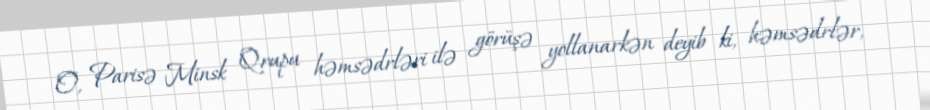
O, Parisə Minsk Qrupu həmsədrləri ilə görüşə yollanarkən deyib ki, həmsədrlər,